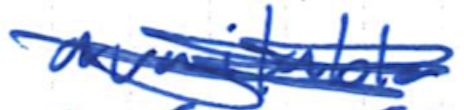
Text: available
Cross-out: mix
Writing tool: ballpoint